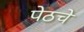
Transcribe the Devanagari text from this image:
पेठचे